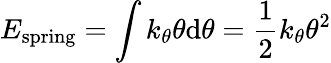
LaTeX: E_{\mathrm{spring}}=\int k_{\theta}\theta\mathrm{d}\theta={\frac{1}{2}}k_{\theta}\theta^{2}